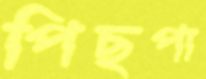
পিছপা